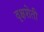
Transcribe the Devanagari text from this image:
वृक्षशेती